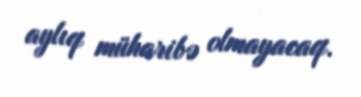
aylıq müharibə olmayacaq.